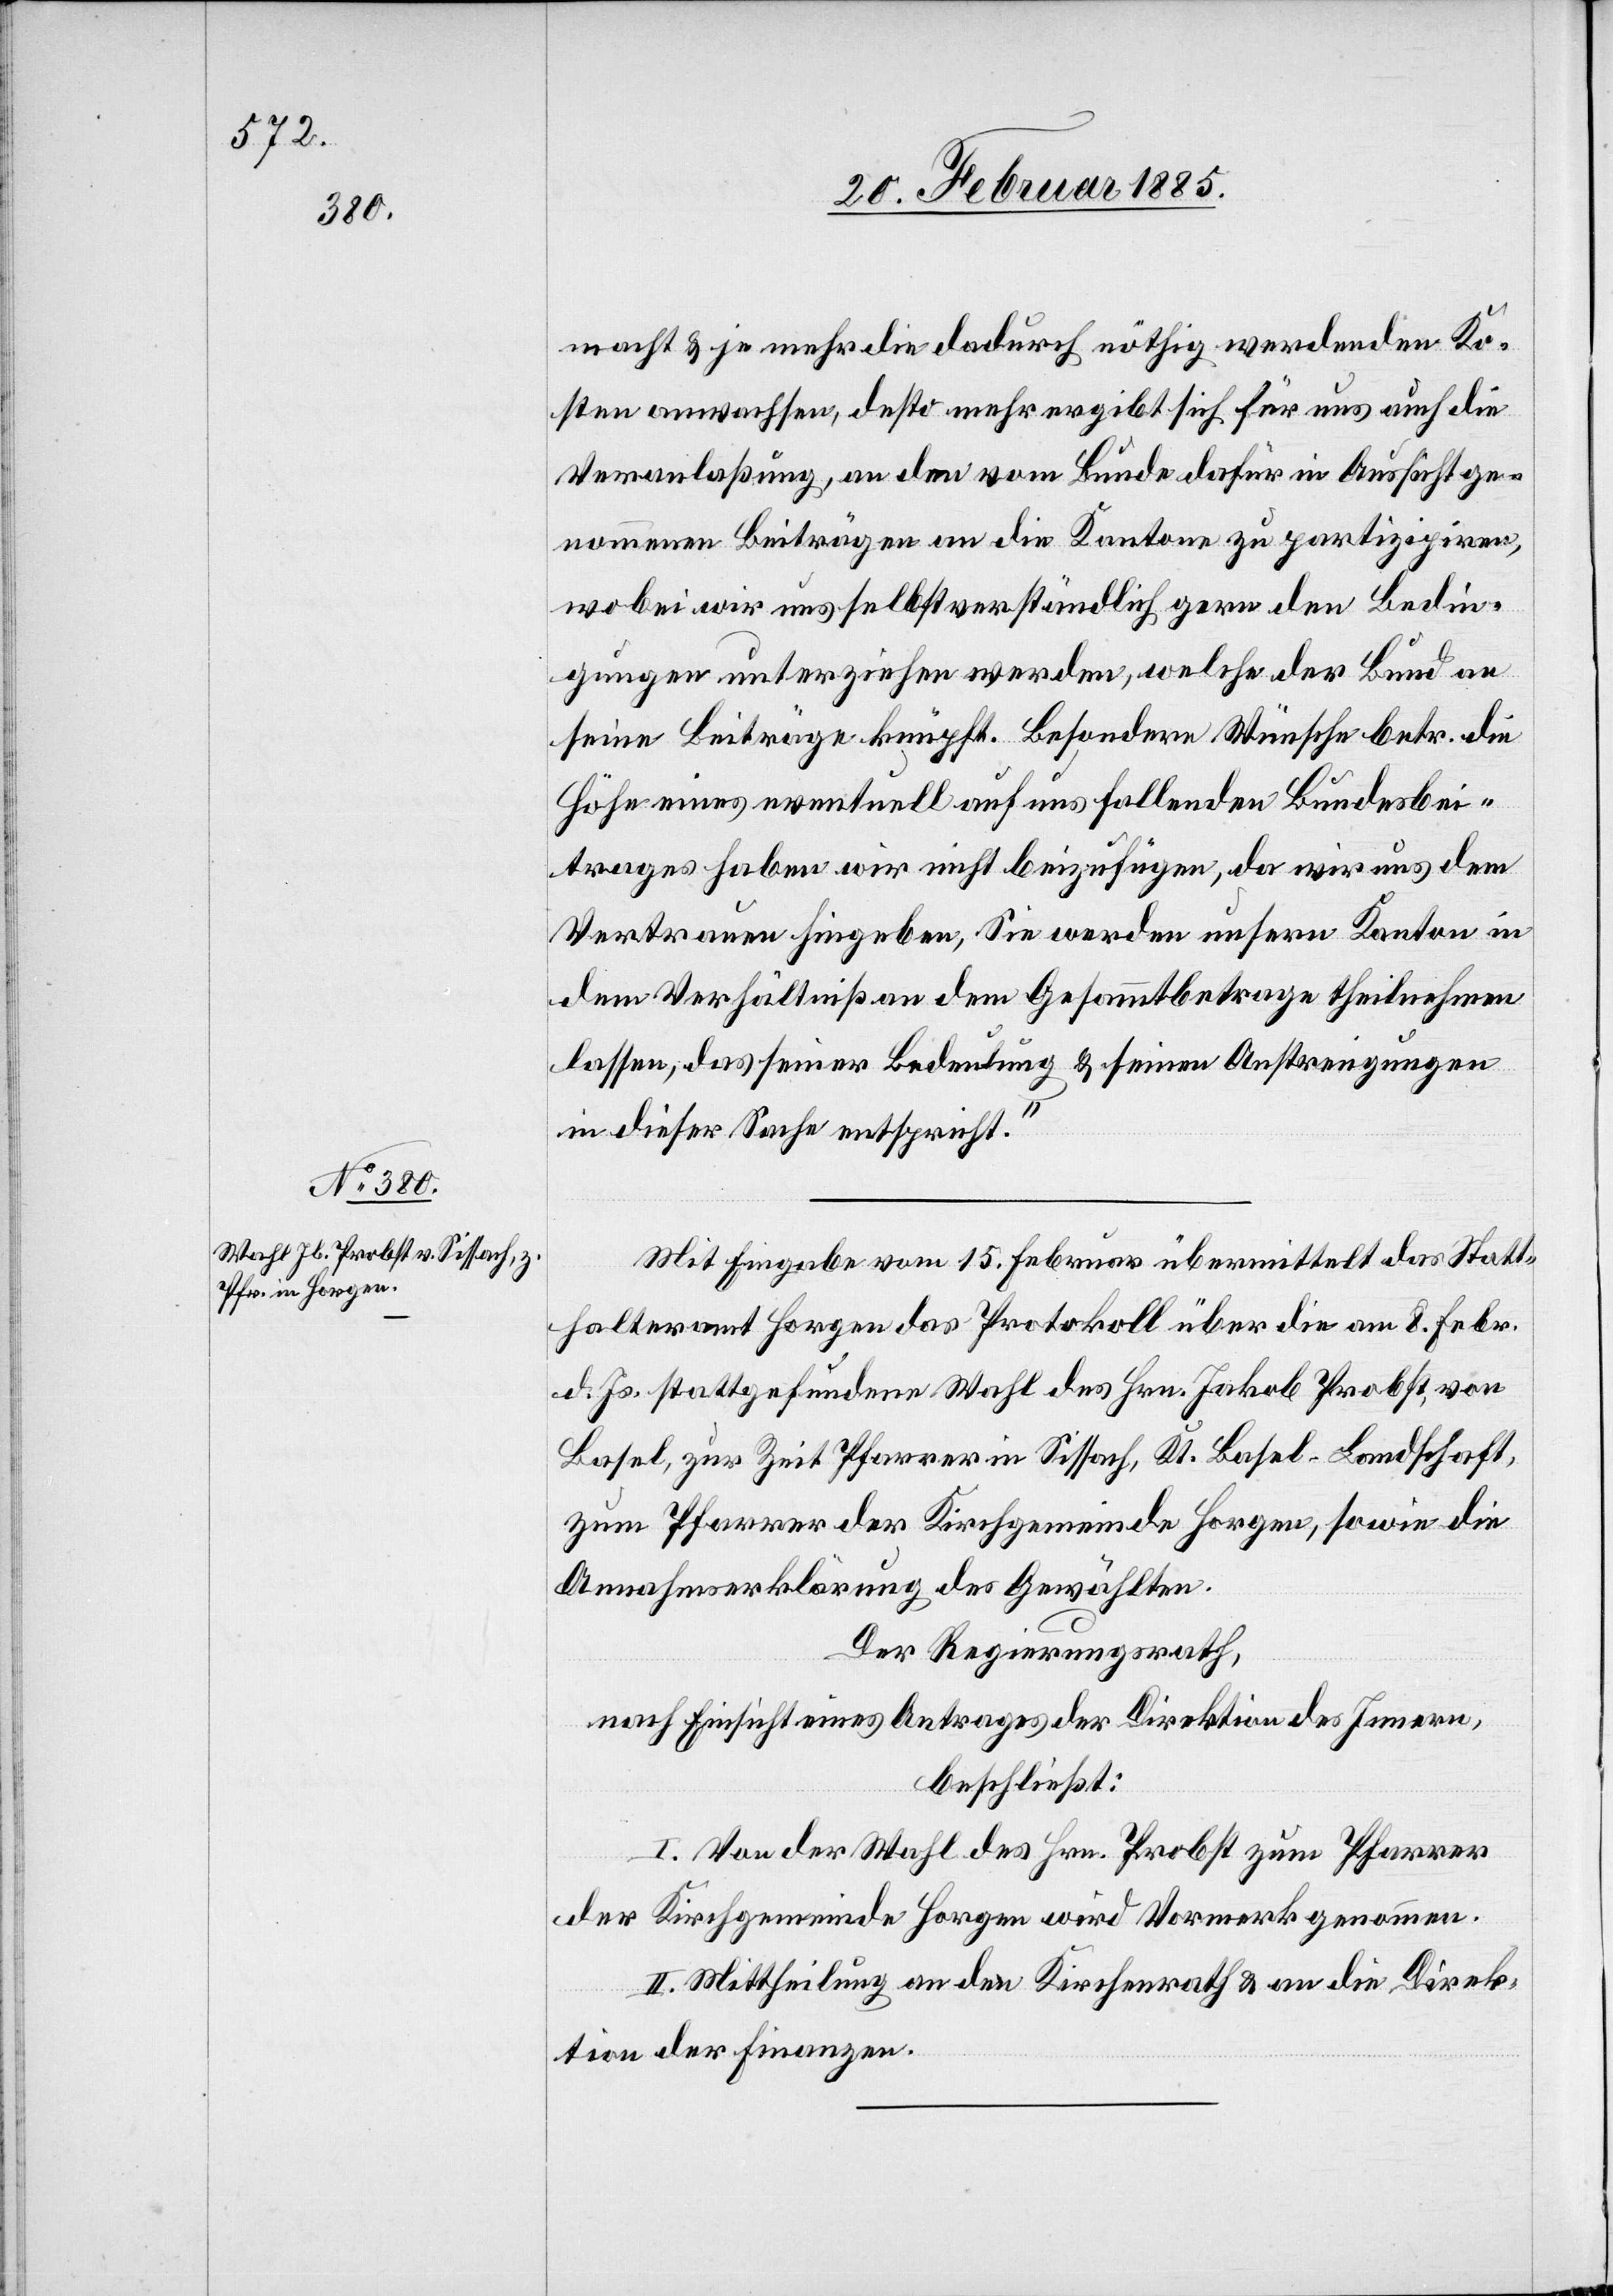
macht & je mehr die dadurch nöthig werdenden Ko¬
sten anwachsen, desto mehr ergibt sich für uns auch die
Veranlaßung, an den vom Bunde dafür in Aussicht ge¬
nommenen Beiträgen an die Kantone zu partizipiren,
wobei wir uns selbstverständlich gern den Bedin¬
gungen unterziehen werden, welche der Bund an
seine Beiträge knüpft. Besondere Wünsche betr. die
Höhe eines eventuell auf uns fallenden Bundesbei¬
trages haben wir nicht beizufügen, da wir uns dem
Vertrauen hingeben, Sie werden unsern Kanton in
dem Verhältniß an dem Gesammtbetrage theilnehmen
lassen, das seiner Bedeutung & seinen Anstrengungen
in dieser Sache entspricht.“
Mit Eingabe vom 15. Februar übermittelt das Statt¬
halteramt Horgen das Protokoll über die am 8. Febr.
d. Js. stattgefundene Wahl des Hrn. Jakob Probst, von
Basel, zur Zeit Pfarrer in Sissach, Kt. Basel-Landschaft,
zum Pfarrer der Kirchgemeinde Horgen, sowie die
Annahmserklärung des Gewählten.
Der Regierungsrath,
nach Einsicht eines Antrages der Direktion des Innern,
beschließt:
I. Von der Wahl des Hrn. Probst zum Pfarrer
II. Mittheilung an den Kirchenrath & an die Direk¬
tion der Finanzen.